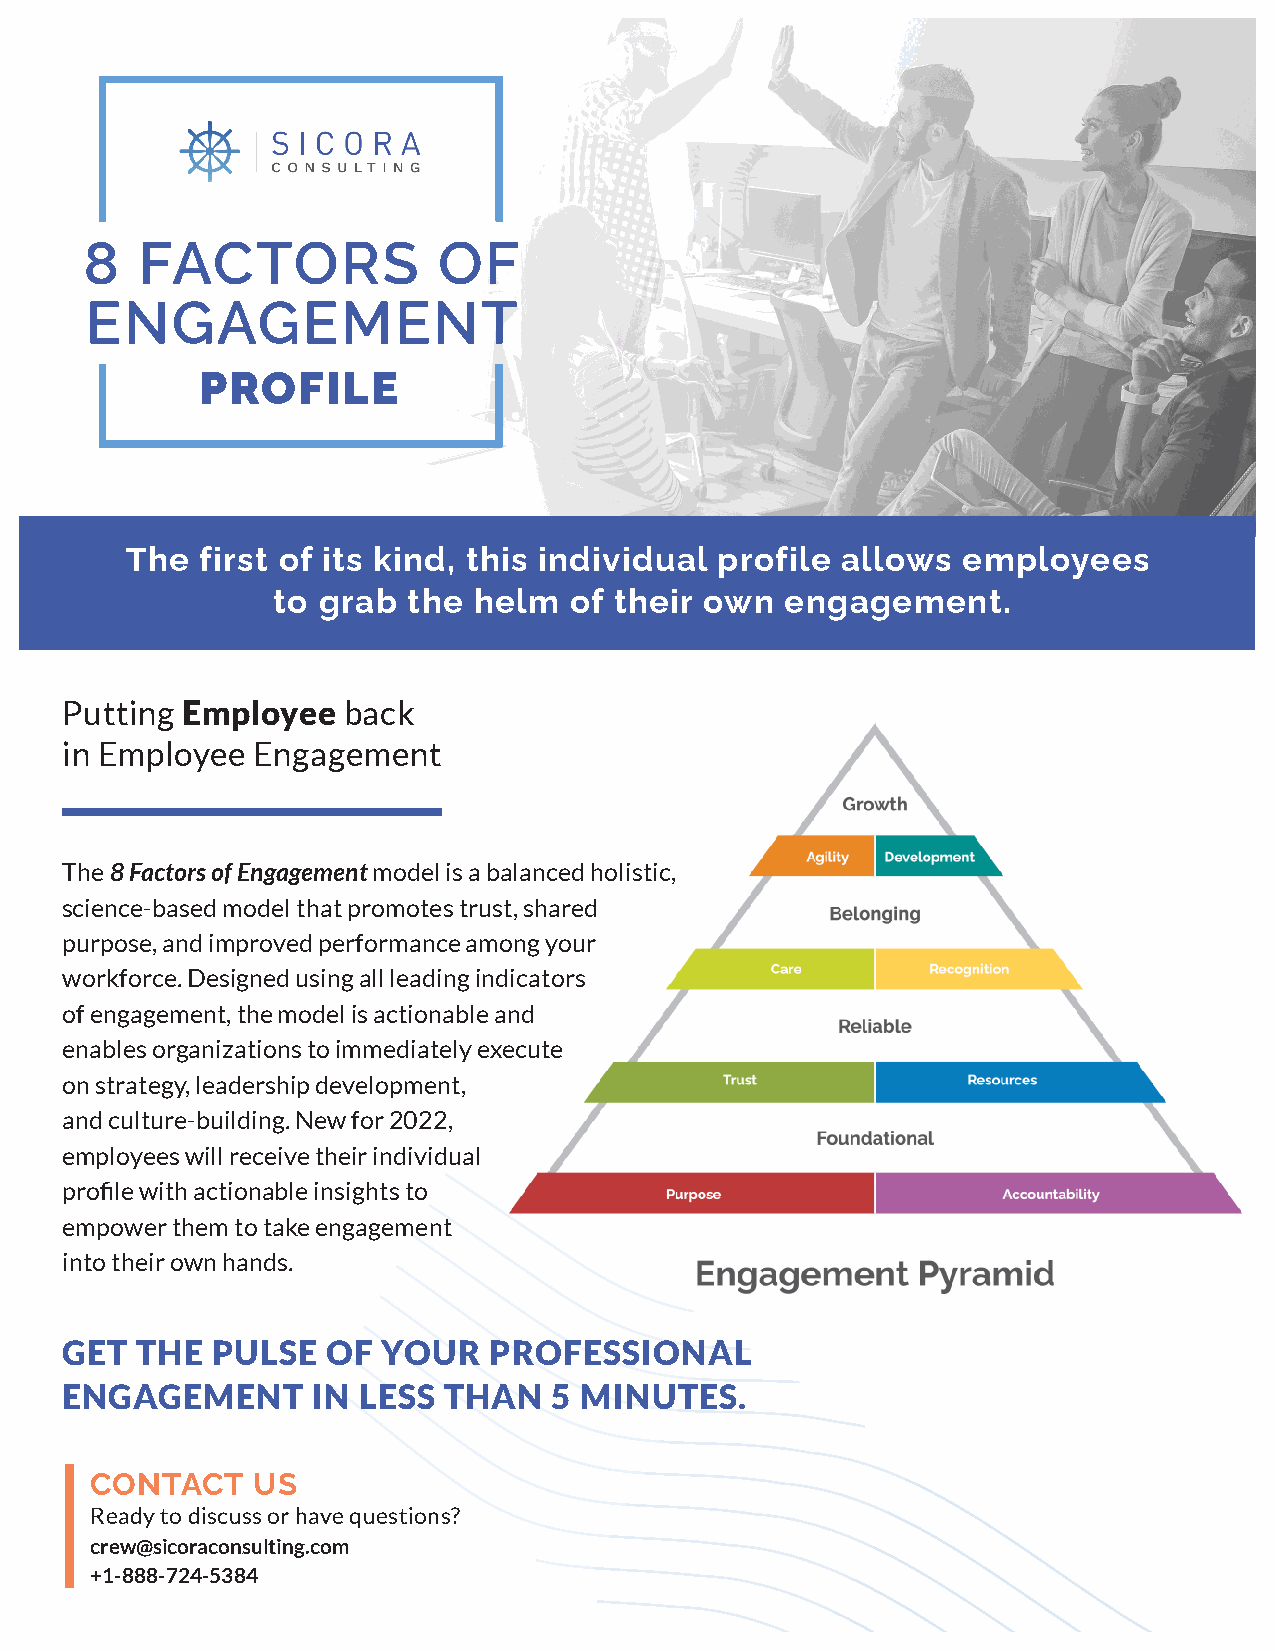
8  FACTORS             OF
 ENGAGEMENT
 PROFILE
 The  first of its kind, this individual profile allows  employees
 to grab  the helm   of their own  engagement.
 Putting Employee   back
 in Employee  Engagement
 The 8 Factors of Engagement model is a balanced holistic,
 science-based model that promotes trust, shared
 purpose, and improved performance among your
 workforce. Designed using all leading indicators
 of engagement, the model is actionable and
 enables organizations to immediately execute
 on strategy, leadership development,
 and culture-building. New for 2022,
 employees will receive their individual
 profile with actionable insights to
 empower them to take engagement
 into their own hands.
 GET  THE  PULSE   OF YOUR   PROFESSIONAL
 ENGAGEMENT       IN LESS THAN    5 MINUTES.
 CONTACT    US
 Ready to discuss or have questions?
 crew@sicoraconsulting.com
 +1-888-724-5384